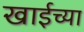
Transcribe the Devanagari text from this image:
खाईच्या